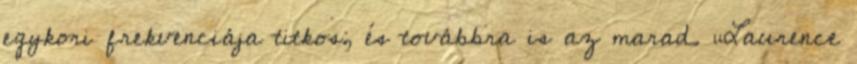
egykori frekvenciája titkos, és továbbra is az marad. „Laurence